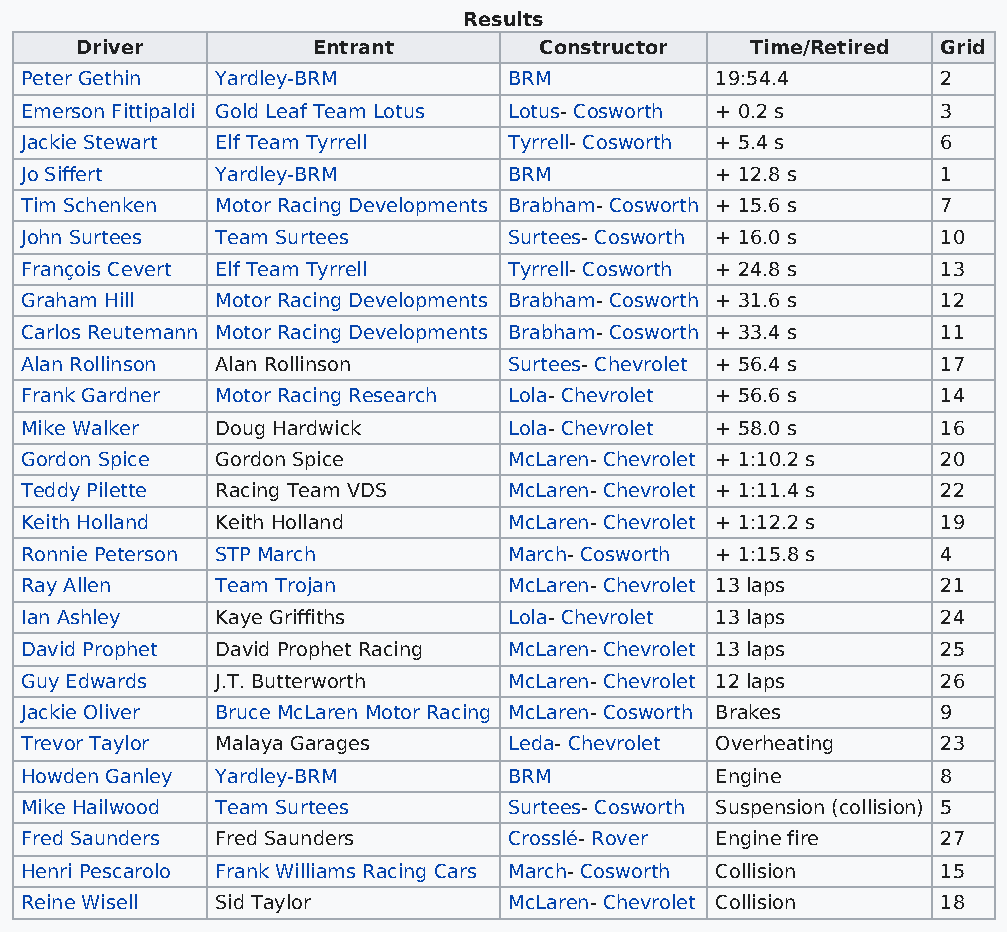
Results
 Driver          Entrant        Constructor   Time/Retired Grid
 Peter Gethin Yardley-BRM         BRM          19:54.4        2
 Emerson Fittipaldi Gold Leaf Team Lotus Lotus- Cosworth + 0.2 s 3
 Jackie Stewart Elf Team Tyrrell  Tyrrell- Cosworth + 5.4 s   6
 Jo Siffert   Yardley-BRM         BRM          + 12.8 s       1
 Tim Schenken Motor Racing Developments Brabham- Cosworth + 15.6 s 7
 John Surtees Team Surtees        Surtees- Cosworth + 16.0 s  10
 François Cevert Elf Team Tyrrell Tyrrell- Cosworth + 24.8 s  13
 Graham Hill  Motor Racing Developments Brabham- Cosworth + 31.6 s 12
 Carlos Reutemann Motor Racing Developments Brabham- Cosworth + 33.4 s 11
 Alan Rollinson Alan Rollinson    Surtees- Chevrolet + 56.4 s 17
 Frank Gardner Motor Racing Research Lola- Chevrolet + 56.6 s 14
 Mike Walker  Doug Hardwick       Lola- Chevrolet + 58.0 s    16
 Gordon Spice Gordon Spice        McLaren- Chevrolet + 1:10.2 s 20
 Teddy Pilette Racing Team VDS    McLaren- Chevrolet + 1:11.4 s 22
 Keith Holland Keith Holland      McLaren- Chevrolet + 1:12.2 s 19
 Ronnie Peterson STP March        March- Cosworth + 1:15.8 s  4
 Ray Allen    Team Trojan         McLaren- Chevrolet 13 laps  21
 Ian Ashley   Kaye Griffiths      Lola- Chevrolet 13 laps     24
 David Prophet David Prophet Racing McLaren- Chevrolet 13 laps 25
 Guy Edwards  J.T. Butterworth    McLaren- Chevrolet 12 laps  26
 Jackie Oliver Bruce McLaren Motor Racing McLaren- Cosworth Brakes 9
 Trevor Taylor Malaya Garages     Leda- Chevrolet Overheating 23
 Howden Ganley Yardley-BRM        BRM          Engine         8
 Mike Hailwood Team Surtees       Surtees- Cosworth Suspension (collision) 5
 Fred Saunders Fred Saunders      Crosslé- Rover Engine fire  27
 Henri Pescarolo Frank Williams Racing Cars March- Cosworth Collision 15
 Reine Wisell Sid Taylor          McLaren- Chevrolet Collision 18